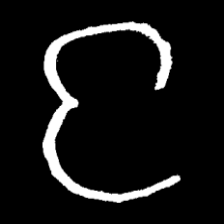
Pyu character \u2014 Myanmar letter: င (romanized: nga)